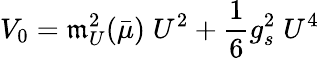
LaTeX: V_{0}=\mathfrak{m}_{U}^{2}(\bar{{\mu}})\; U^{2}+\frac{{1}}{{6}}g_{s}^{2}\; U^{4}